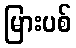
မြားပစ်